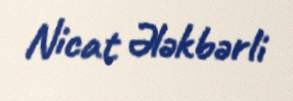
Nicat Ələkbərli